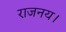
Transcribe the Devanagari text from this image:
राजनय।